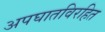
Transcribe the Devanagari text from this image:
अपघातविरहित